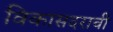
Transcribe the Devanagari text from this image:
विकासदराची